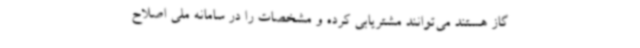
گاز هستند می‌توانند مشتریابی کرده و مشخصات را در سامانه ملی اصلاح